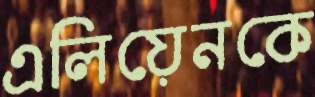
এলিয়েনকে